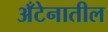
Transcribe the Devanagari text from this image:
अँटेनातील